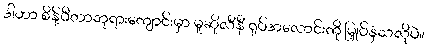
ဒါဟာ စိန့်ပီတာဘုရားကျောင်းမှာ မူဆိုလီနီ ရုပ်အလောင်းကို မြှုပ်နှံသလိုပဲ။